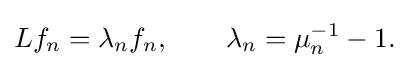
\displaystyle {Lf_{n}=\lambda _{n}f_{n},\qquad \lambda _{n}=\mu _{n}^{-1}-1.}